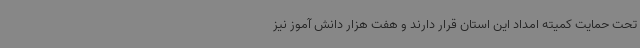
تحت حمایت کمیته امداد این استان قرار دارند و هفت هزار دانش آموز نیز